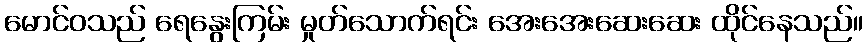
မောင်ဝသည် ရေနွေးကြမ်း မှုတ်သောက်ရင်း အေးအေးဆေးဆေး ထိုင်နေသည်။